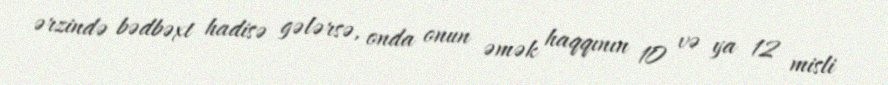
ərzində bədbəxt hadisə gələrsə, onda onun əmək haqqının 10 və ya 12 misli